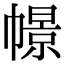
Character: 幜